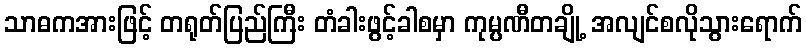
သာဓကအားဖြင့် တရုတ်ပြည်ကြီး တံခါးဖွင့်ခါစမှာ ကုမ္ပဏီတချို့ အလျင်စလိုသွားရောက်